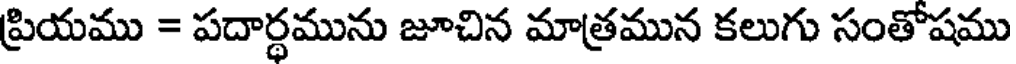
ప్రియము = పదార్థమును జూచిన మాత్రమున కలుగు సంతోషము